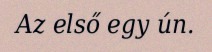
Az első egy ún.